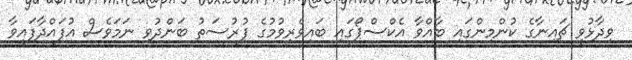
ވިދާޅުވީ ޗައިނާގެ ކުންމިންގައި ބާއްވާ އެކްސްޕޯގައި ބައިވެރިވުމުގެ ފުރުސަތު ބަންދުވި ނަމަވެސް އުފައްދާފައިވާ